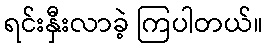
ရင်းနှီးလာခဲ့ ကြပါတယ်။